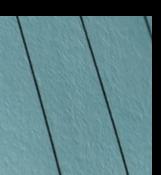
Signature authenticity: forged